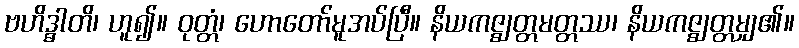
ဗဟိဒ္ဓါတိ၊ ဟူ၍။ ဝုတ္တံ၊ ဟောတော်မူအပ်ပြီ။ နိယကဇ္ဈတ္တမတ္တဿ၊ နိယကဇ္ဈတ္တမျှ၏။